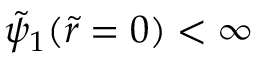
\tilde { \psi } _ { 1 } ( \tilde { r } = 0 ) < \infty